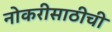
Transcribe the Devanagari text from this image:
नोकरीसाठीची